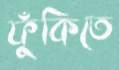
ফুঁকিতে